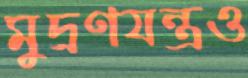
মুদ্রণযন্ত্রও